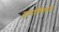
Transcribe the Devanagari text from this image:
तारांकितप्रश्न